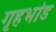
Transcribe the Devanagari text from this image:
गृहभांड